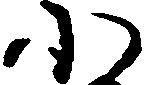
小